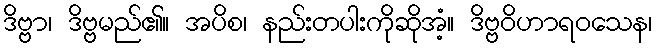
ဒိဗ္ဗာ၊ ဒိဗ္ဗမည်၏။ အပိစ၊ နည်းတပါးကိုဆိုအံ့။ ဒိဗ္ဗဝိဟာရဝသေန၊